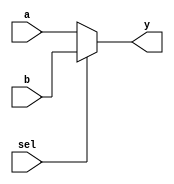
module mux2to1 (
    input wire a,        // Input signal a
    input wire b,        // Input signal b
    input wire sel,      // Select signal
    output reg y         // Output signal
);

// Combinational logic using continuous assignment in an always block
always @(*) begin
    // Using blocking assignment to define the output based on the select signal
    if (sel) begin
        y = b;          // If sel is high, output b
    end else begin
        y = a;          // If sel is low, output a
    end
end

endmodule